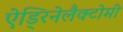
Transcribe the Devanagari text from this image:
ऐड्रिनेलैक्टोमी